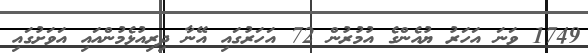
1749 ވަނަ އަހަރު ޔުއެންގެ އުމުރުން 72 އަހަރުގައި އޭނާ ދިރިއުޅެމުންއައި އަވަށުގައި